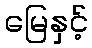
မြေနှင့်